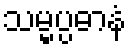
သမ္မပ္ပဓာနံ